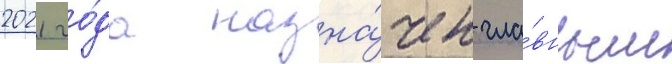
2021 го́да назна́чен гла́вным